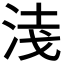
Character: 𭰦